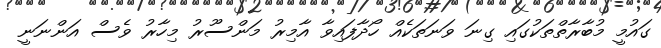
ގައުމީ މުބާރާތްތަކުގައި ގިނަ ވަނަތަކެއް ހޯދާފައިވާ އާމިރު މަންސޫރު މިހާރު ވެސް އަންނަނީ